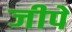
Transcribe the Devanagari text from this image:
जीपे